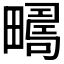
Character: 𰣚